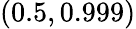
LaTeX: (0.5,0.999)